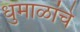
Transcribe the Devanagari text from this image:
धुमाळांचे